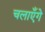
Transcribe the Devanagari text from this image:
चलाएँगे